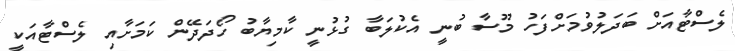
ލެސްޓާއަށް ބަދަލުވުމަށްފަހު މޫސާ ބުނީ އެކުލަބާ ގުޅުނީ ކާމިޔާބު ހޯދަދޭން ކަމަށާއި ލެސްޓާއަކީ